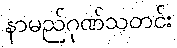
နာမည်ဂုဏ်သတင်း